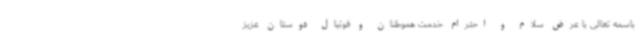
باسمه تعالی با عرض سلام و احترام خدمت هموطنان و فوتبال دوستان عزیز